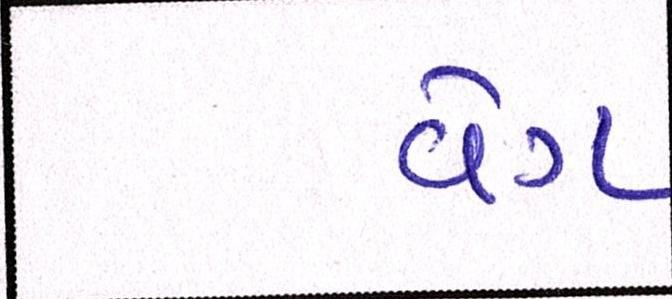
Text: વેગ